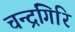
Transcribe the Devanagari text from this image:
चन्द्रगिरि